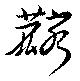
麟